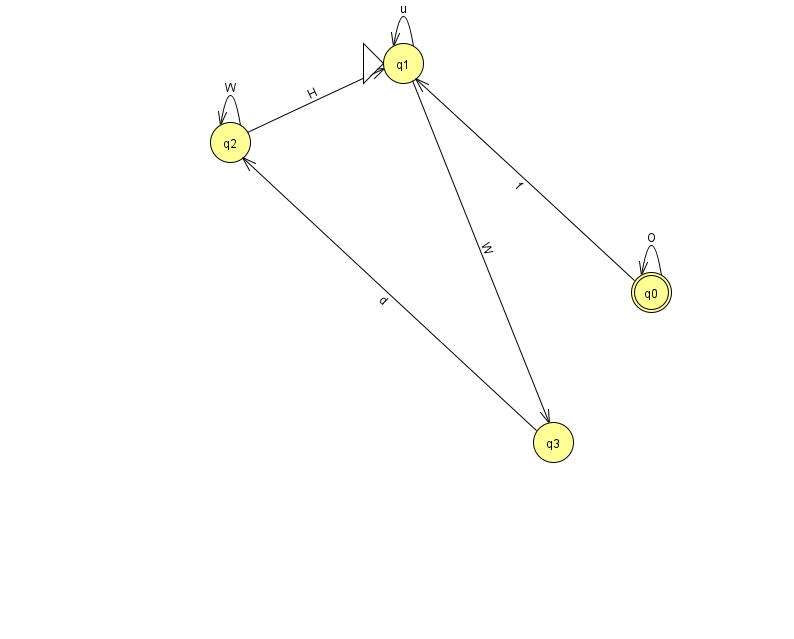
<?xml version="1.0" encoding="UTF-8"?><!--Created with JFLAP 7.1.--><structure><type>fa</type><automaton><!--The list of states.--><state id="0" name="q0"><x>651.0</x><y>279.0</y><final/></state><state id="1" name="q1"><x>403.0</x><y>50.0</y><initial/></state><state id="2" name="q2"><x>230.0</x><y>129.0</y></state><state id="3" name="q3"><x>553.0</x><y>429.0</y></state><!--The list of transitions.--><transition><from>0</from><to>1</to><read>f</read></transition><transition><from>1</from><to>1</to><read>u</read></transition><transition><from>1</from><to>3</to><read>W</read></transition><transition><from>2</from><to>1</to><read>H</read></transition><transition><from>2</from><to>2</to><read>W</read></transition><transition><from>3</from><to>2</to><read>d</read></transition><transition><from>0</from><to>0</to><read>O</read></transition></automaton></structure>